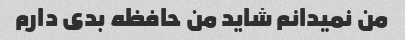
من نمیدانم شاید من حافظه بدی دارم